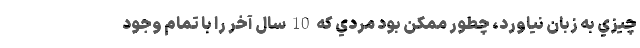
چيزي به زبان نياورد، چطور ممكن بود مردي كه 10 سال آخر را با تمام وجود